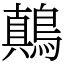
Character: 鷏